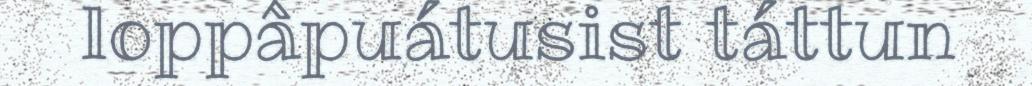
loppâpuátusist táttun